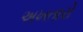
અખતારો